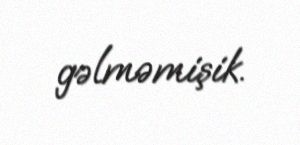
gəlməmişik.